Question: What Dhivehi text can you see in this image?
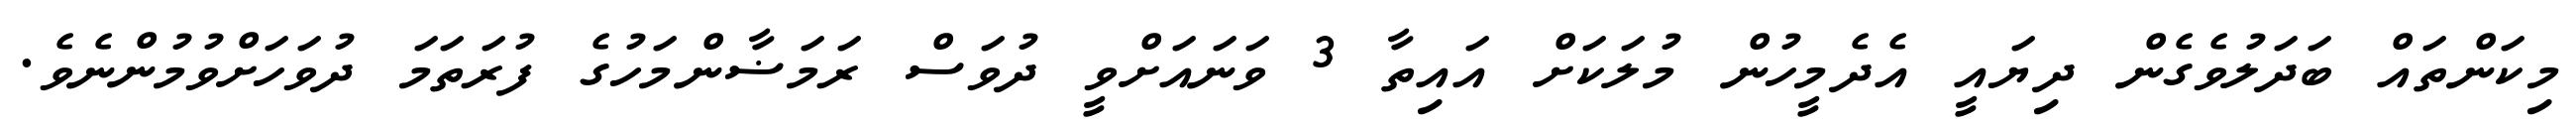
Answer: މިކަންތައް ބަދަލުވެގެން ދިޔައީ އެދެމީހުން މުލަކަށް އައިތާ 3 ވަނައަށްވީ ދުވަސް ރަމަޟާންމަހުގެ ފުރަތަމަ ދުވަހަށްވުމުންނެވެ.